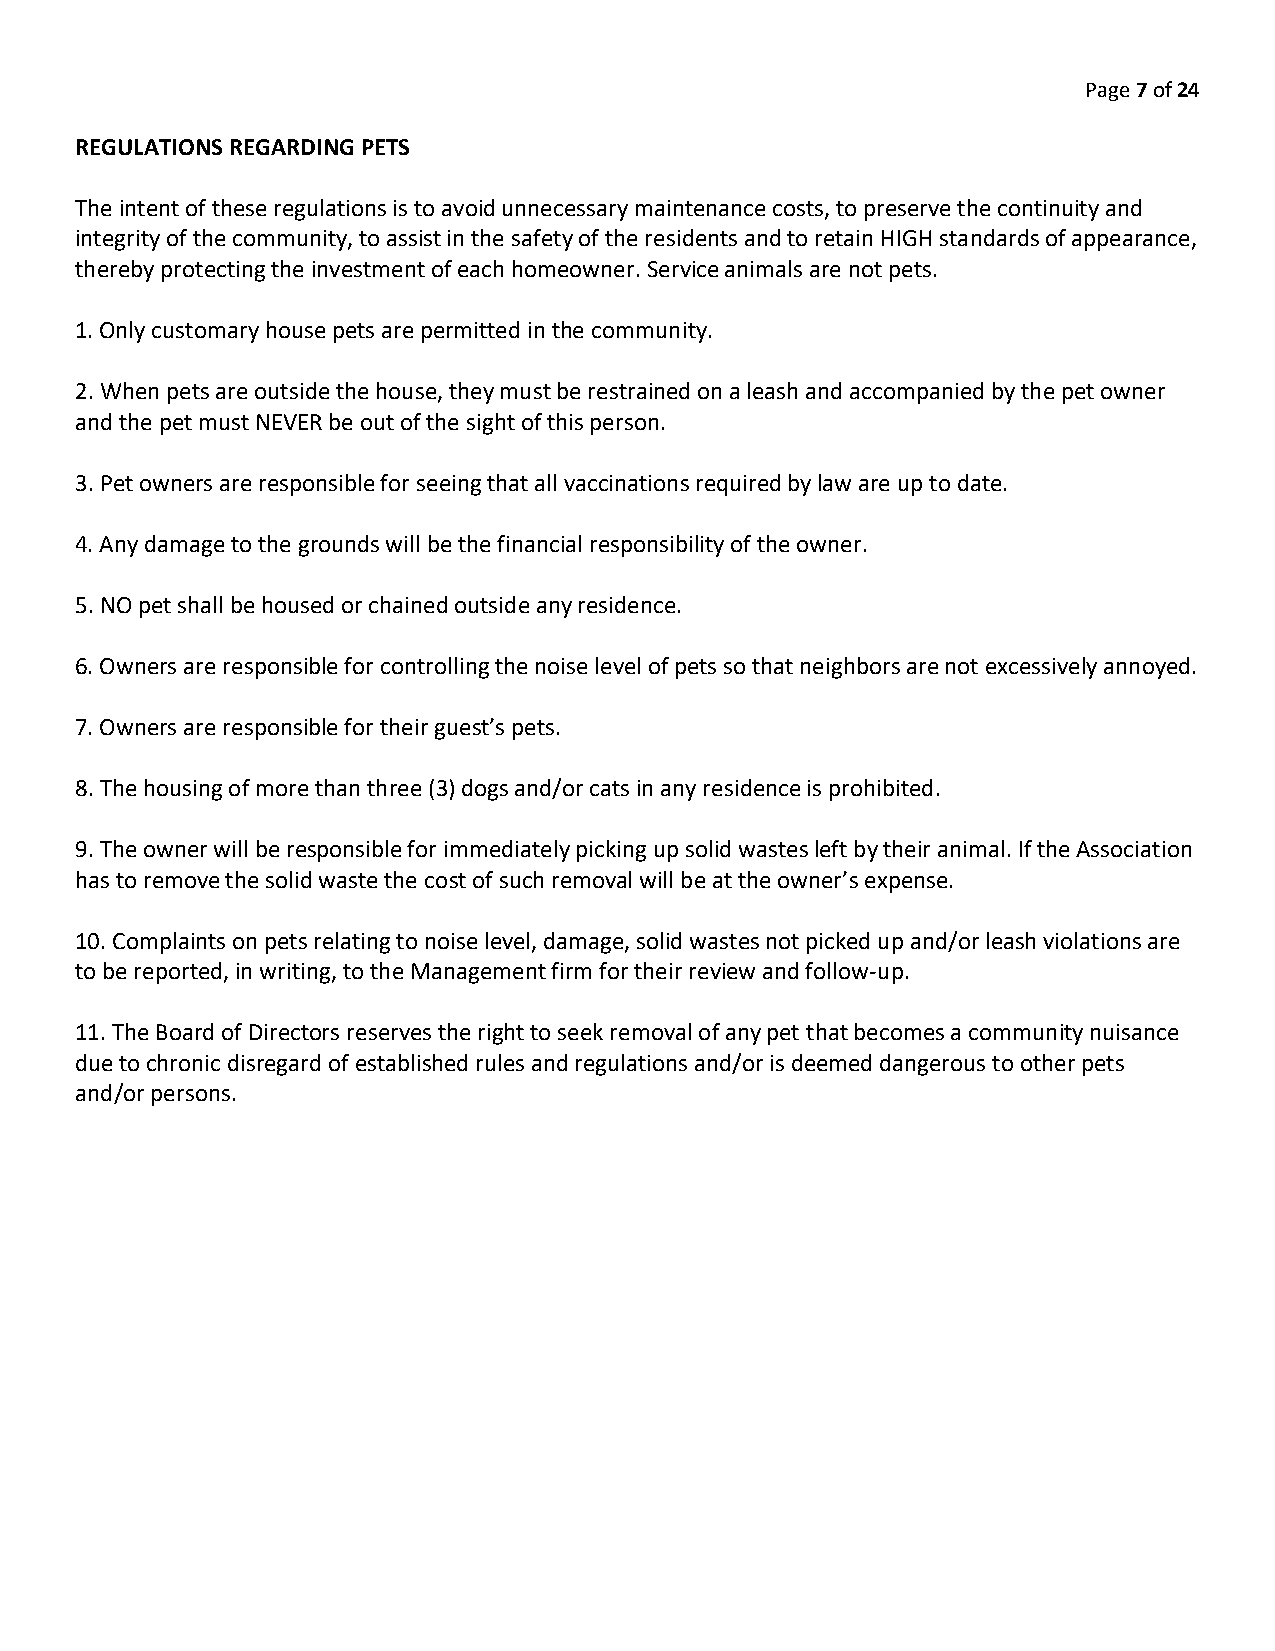
Page 7 of 24
 REGULATIONS REGARDING PETS
 The intent of these regulations is to avoid unnecessary maintenance costs, to preserve the continuity and
 integrity of the community, to assist in the safety of the residents and to retain HIGH standards of appearance,
 thereby protecting the investment of each homeowner. Service animals are not pets.
 1. Only customary house pets are permitted in the community.
 2. When pets are outside the house, they must be restrained on a leash and accompanied by the pet owner
 and the pet must NEVER be out of the sight of this person.
 3. Pet owners are responsible for seeing that all vaccinations required by law are up to date.
 4. Any damage to the grounds will be the financial responsibility of the owner.
 5. NO pet shall be housed or chained outside any residence.
 6. Owners are responsible for controlling the noise level of pets so that neighbors are not excessively annoyed.
 7. Owners are responsible for their guest’s pets.
 8. The housing of more than three (3) dogs and/or cats in any residence is prohibited.
 9. The owner will be responsible for immediately picking up solid wastes left by their animal. If the Association
 has to remove the solid waste the cost of such removal will be at the owner’s expense.
 10. Complaints on pets relating to noise level, damage, solid wastes not picked up and/or leash violations are
 to be reported, in writing, to the Management firm for their review and follow-up.
 11. The Board of Directors reserves the right to seek removal of any pet that becomes a community nuisance
 due to chronic disregard of established rules and regulations and/or is deemed dangerous to other pets
 and/or persons.